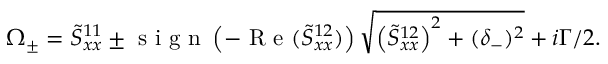
\begin{array} { r } { \Omega _ { \pm } = \tilde { S } _ { x x } ^ { 1 1 } \pm \textrm { s i g n } \left( - \textrm { R e } ( \tilde { S } _ { x x } ^ { 1 2 } ) \right) \sqrt { \left( \tilde { S } _ { x x } ^ { 1 2 } \right) ^ { 2 } + ( \delta _ { - } ) ^ { 2 } } + i \Gamma / 2 . } \end{array}